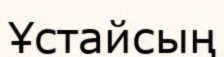
Ұстайсың